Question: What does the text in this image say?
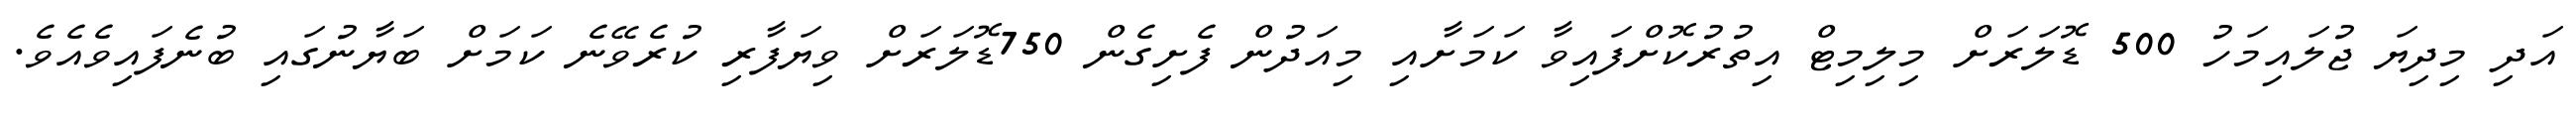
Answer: އަދި މިދިޔަ ޖުލައިމަހު 500 ޑޮލަރަށް މިލިމިޓް އިތުރުކޮށްފައިވާ ކަމަށާއި މިއަދުން ފެށިގެން 750ޑޮލަރަށް ވިޔަފާރި ކުރެވޭނެ ކަމަށް ބަޔާނުގައި ބުނެފައިވެއެވެ.